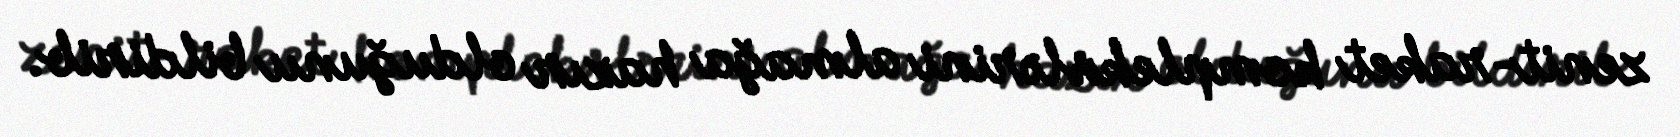
zenit-raket komplekslərini almağa hazır olduğunu bildirib.